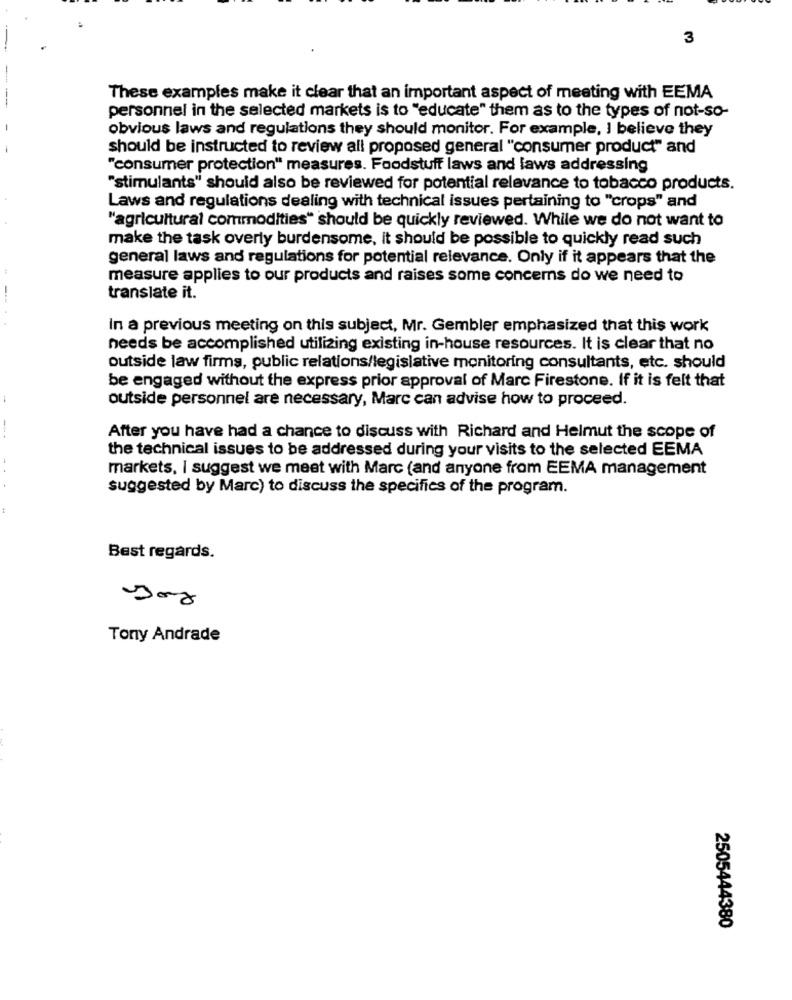
3
These examples make it clear that an important aspect of meeting with EEMA
personnel in the selected markets is to "educate" them as to the types of not-so-
obvious laws and regulations they should monitor. For example, I believe they
should be instructed to review all proposed general "consumer product" and
"consumer protection" measures. Foodstuff laws and laws addressing
"stimulants" should also be reviewed for potential relevance to tobacco products.
Laws and regulations dealing with technical issues pertaining to "crops" and
"agricultural commodities" should be quickly reviewed. While we do not want to
make the task overly burdensome, it should be possible to quickly read such
general laws and regulations for potential relevance. Only if it appears that the
measure applies to our products and raises some concerns do we need to
translate it.
In a previous meeting on this subject, Mr. Gembler emphasized that this work
needs be accomplished utilizing existing in-house resources. It is clear that no
outside law firms, public relations/legislative monitoring consultants, etc. should
be engaged without the express prior approval of Marc Firestone. If it is felt that
outside personnel are necessary, Marc can advise how to proceed.
-.
After you have had a chance to discuss with Richard and Helmut the scope of
the technical issues to be addressed during your visits to the selected EEMA
markets, I suggest we meet with Marc (and anyone from EEMA management
suggested by Marc) to discuss the specifics of the program.
Best regards.
Tony Andrade
2505444380